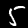
Label: 5